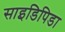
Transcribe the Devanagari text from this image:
साइडिपिडा